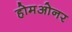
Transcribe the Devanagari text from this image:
होमओनर